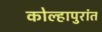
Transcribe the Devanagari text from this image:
कोल्हापुरांत